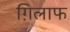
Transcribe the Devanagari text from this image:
ग़िलाफ